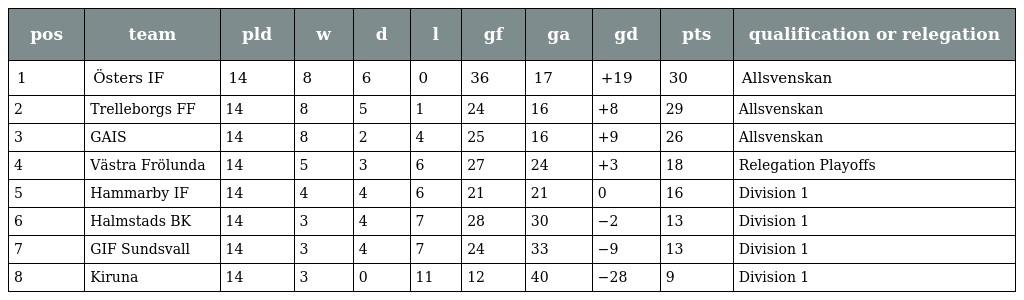
| pos | team | pld | w | d | l | gf | ga | gd | pts | qualification or relegation |
 | --- | --- | --- | --- | --- | --- | --- | --- | --- | --- | --- |
 | 1 | Östers IF | 14 | 8 | 6 | 0 | 36 | 17 | +19 | 30 | Allsvenskan |
 | 2 | Trelleborgs FF | 14 | 8 | 5 | 1 | 24 | 16 | +8 | 29 | Allsvenskan |
 | 3 | GAIS | 14 | 8 | 2 | 4 | 25 | 16 | +9 | 26 | Allsvenskan |
 | 4 | Västra Frölunda | 14 | 5 | 3 | 6 | 27 | 24 | +3 | 18 | Relegation Playoffs |
 | 5 | Hammarby IF | 14 | 4 | 4 | 6 | 21 | 21 | 0 | 16 | Division 1 |
 | 6 | Halmstads BK | 14 | 3 | 4 | 7 | 28 | 30 | −2 | 13 | Division 1 |
 | 7 | GIF Sundsvall | 14 | 3 | 4 | 7 | 24 | 33 | −9 | 13 | Division 1 |
 | 8 | Kiruna | 14 | 3 | 0 | 11 | 12 | 40 | −28 | 9 | Division 1 |